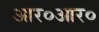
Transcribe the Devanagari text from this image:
आर०आर०